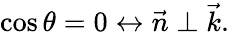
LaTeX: \cos\theta=0\leftrightarrow\vec{n}\perp\vec{k}.